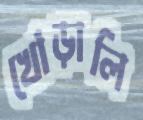
খোঁড়ালি